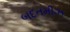
બદતમીઝ